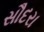
સૌદરા